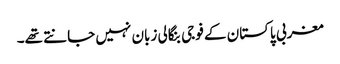
مغربی پاکستان کے فوجی بنگالی زبان نہیں جانتے تھے۔